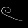
Digit: ၉